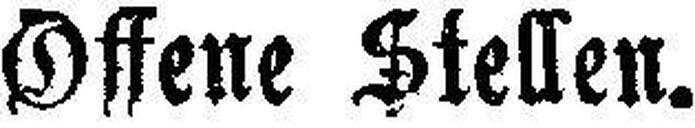
Offene Steffen.